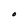
Character: O